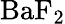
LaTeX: \mathrm{BaF}_{2}